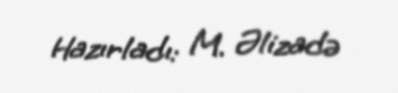
Hazırladı: M. Əlizadə